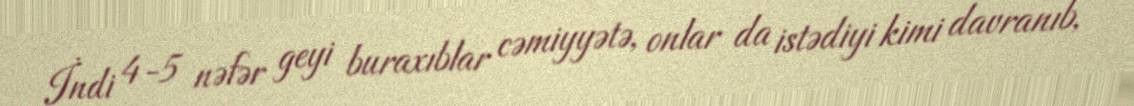
İndi 4-5 nəfər geyi buraxıblar cəmiyyətə, onlar da istədiyi kimi davranıb,